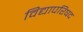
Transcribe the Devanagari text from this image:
विद्यापरिषद